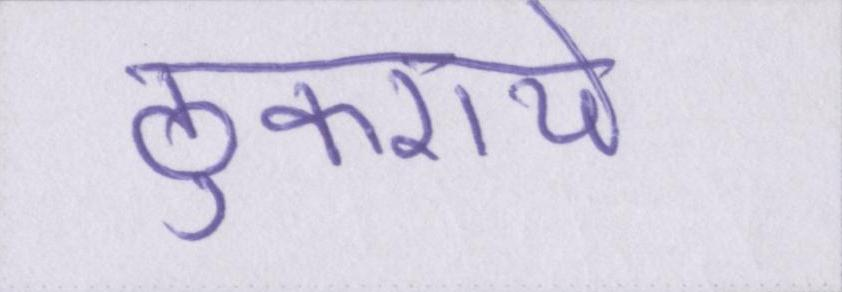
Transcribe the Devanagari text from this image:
ठुकराये